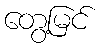
တွေ့မြင်